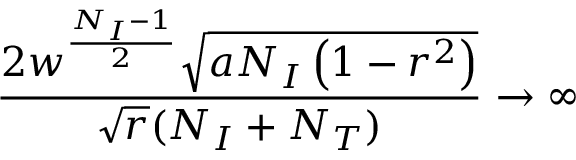
\frac { 2 w ^ { \frac { N _ { I } - 1 } { 2 } } \sqrt { a N _ { I } \left( 1 - r ^ { 2 } \right) } } { \sqrt { r } ( N _ { I } + N _ { T } ) } \rightarrow \infty